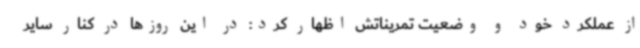
از عملکرد خود و وضعیت تمریناتش اظهار کرد: در این روزها در کنار سایر